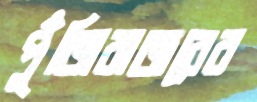
পুঁজিবাজরের